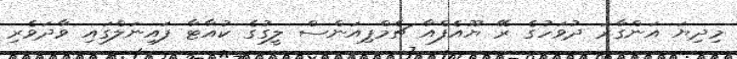
މިދިޔަ އަންގާރަ ދުވަހުގެ ރޭ ޔޫއެފްއާ ޗެމްޕިއަންސް ލީގުގެ ކުއާޓާ ފައިނަލްގައި ވާދަވެރި